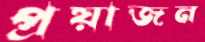
প্রয়াজন